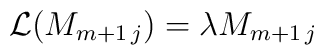
{\cal L} (M_{m+1\, j})  = \lambda  M_{m+1\, j} \,